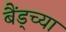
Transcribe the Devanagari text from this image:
बैंड्च्या